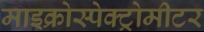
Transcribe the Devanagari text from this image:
माइक्रोस्पेक्ट्रोमीटर